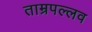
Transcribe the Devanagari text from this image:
ताम्रपल्लव